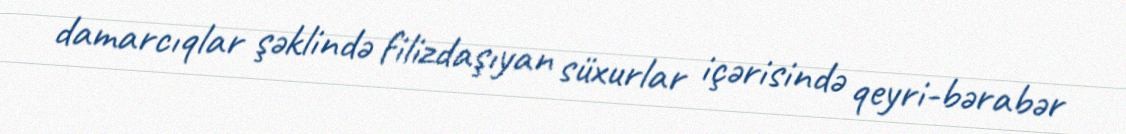
damarcıqlar şəklində filizdaşıyan süxurlar içərisində qeyri-bərabər